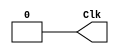
`timescale 1ns/1ns

module Clock(Clk);

output Clk;
reg Clk;

initial begin
	Clk = 1'b0;
end

always begin
	#10 Clk = 1'b1;
	#10 Clk = 1'b0;
end

endmodule